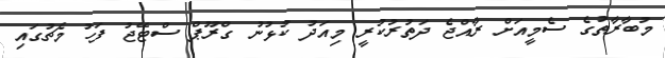
މުބާރާތުގެ ސެމީއަށް ރާއްޖެ ދަތުރުކުރީ މިއަދު ކުޅުނު ގްރޫޕް ސްޓޭޖު ފަހު މެޗުގައި